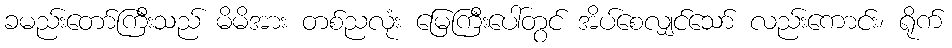
ခမည်းတော်ကြီးသည် မိမိအား တစ်ညလုံး မြေကြီးပေါ်တွင် အိပ်စေလျှင်သော် လည်းကောင်း၊ ရိုက်